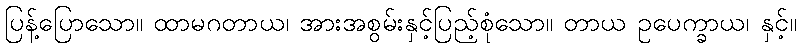
ပြန့်ပြောသော။ ထာမဂတာယ၊ အားအစွမ်းနှင့်ပြည့်စုံသော။ တာယ ဥပေက္ခာယ၊ နှင့်။